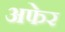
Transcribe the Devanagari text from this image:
अफेर